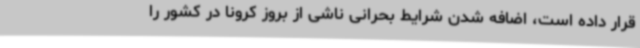
قرار داده است، اضافه شدن شرایط بحرانی ناشی از بروز کرونا در کشور را